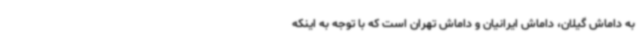
به داماش گیلان، داماش ایرانیان و داماش تهران است که با توجه به اینکه